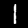
Digit: 1